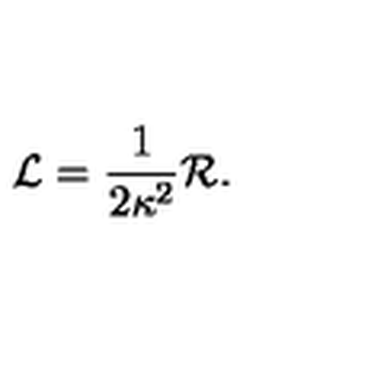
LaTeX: \mathcal { L } = \frac { 1 } { 2 \kappa ^ { 2 } } \mathcal { R } .